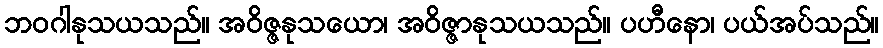
ဘဝဂါနုသယသည်။ အဝိဇ္ဇနုသယော၊ အဝိဇ္ဇာနုသယသည်။ ပဟီနော၊ ပယ်အပ်သည်။